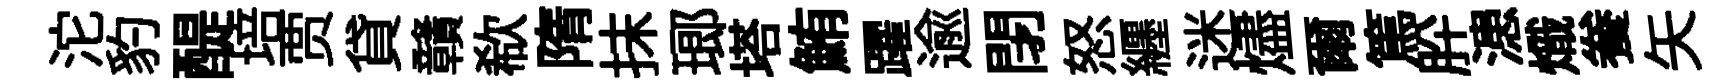
沱豹醍培贾貸贛欷隋抹瑯塔鮪躍逾閉怒纒迷燼爾篤肸漶熾飬矢